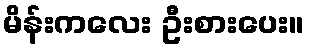
မိန်းကလေး ဦးစားပေး။